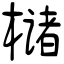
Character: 槠